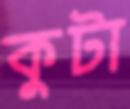
কুটা